Calcutta medical institutions reports 1871-78
Year: 1871
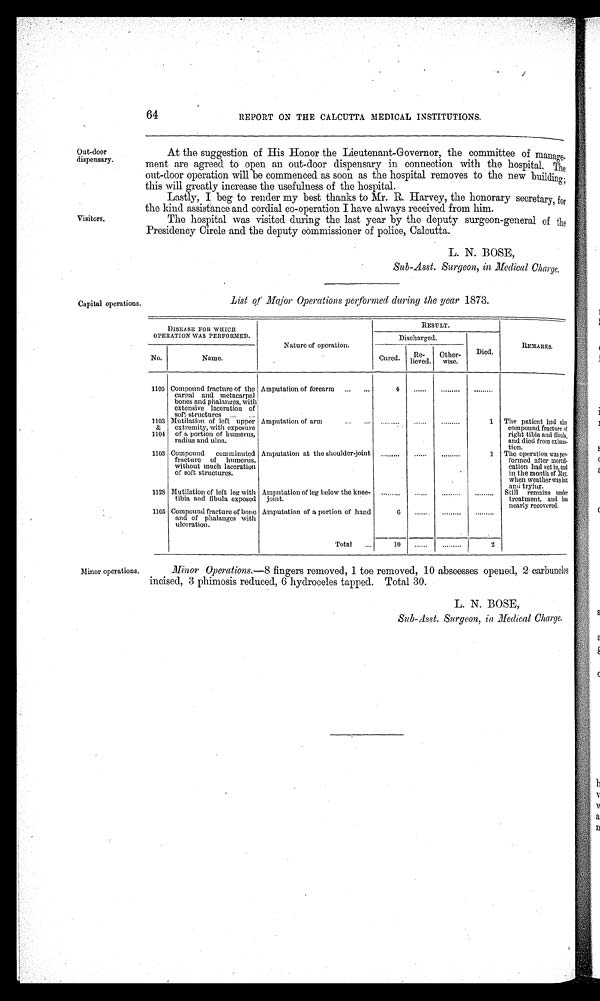
64
REPORT ON THE CALCUTTA MEDICAL INSTITUTIONS.
Out-door
dispensary.
Visitors.
Capital operations.
At the suggestion of His Honor the Lieutenant-Governor, the committee of ma
n a g e -
ment are agreed. to open an out-door dispensary in connection with the hospital. The
out-door operation will be commenced as soon as the hospital removes to the new building;
this will greatly increase the usefulness of the hospital.
Lastly, I beg to render my best thanks to Mr. R. Harvey, the honorary secretary, for
the kind assistance and cordial co-operation I have always received from him.
The hospital was visited during the last year by the deputy surgeon-general of the
Presidency Circle and the deputy commissioner of police, Calcutta.
L. N. BOSE,
Sub-Asst. Surgeon, in Medical Charge.
List of Major Operations performed during the year 1873.
DISEASE FOR WHICH
OPERATION WAS PERFORMED.
Nature of operation.
RESULT.
REMARKS.
Discharged.
Died.
No.
Name.
Cured.
Re-
lieved.
Other-
wise.
1105 Compound fracture of the
carpal and metacarpal
bones and phalanges, with
extensive laceration of
soft structures
Amputation of forearm
4
1103
&
1104
Mutilation of left upper
extremity, with exposure
of a portion of humerus,
radius and ulna.
Amputation of arm
1 The patient had also
compound fracture of
right tibia and fibula,
and died from exhaus-
tion.
1103 Compound comminuted
fracture of humerus,
without much laceration
of soft structures.
Amputation at the shoulder-joint
1 The operation was per.
formed after morti
f i - c a t i o n h a d s e t i n , a n d
in the month of May,
when weather was hot
and trying.
1128 Mutilation of left leg with
tibia and fibula exposed
Amputation of leg below the knee-
joint.
Still remains under
treatment, and has
nearly recovered.
1105 Compound fracture of bone
and of phalanges with
ulceration.
Amputation of a portion of hand
6
Total
10
2
Minor operations.
Minor Operations.--- 8 fingers removed, 1 toe removed, 10 abscesses pened,2.carbuncles
incised, 3 phimosis reduced, 6 hydroceles tapped. Total 30.
L. N. BOSE,
Sub-Asst. Surgeon, in Medical Charge.